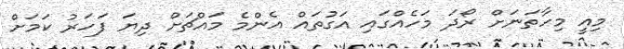
މިއީ މިހާތަނަށް ރޯދަ މަހެއްގައި އަގުތައް އެންމެ މައްޗަށް ދިޔަ ފަހަރު ކަމަށް